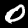
Label: 0